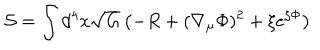
{ \cal S } = \int d ^ { 4 } x \sqrt { G } \left( - R + ( \nabla _ { \mu } \Phi ) ^ { 2 } + \xi e ^ { \zeta \Phi } \right)